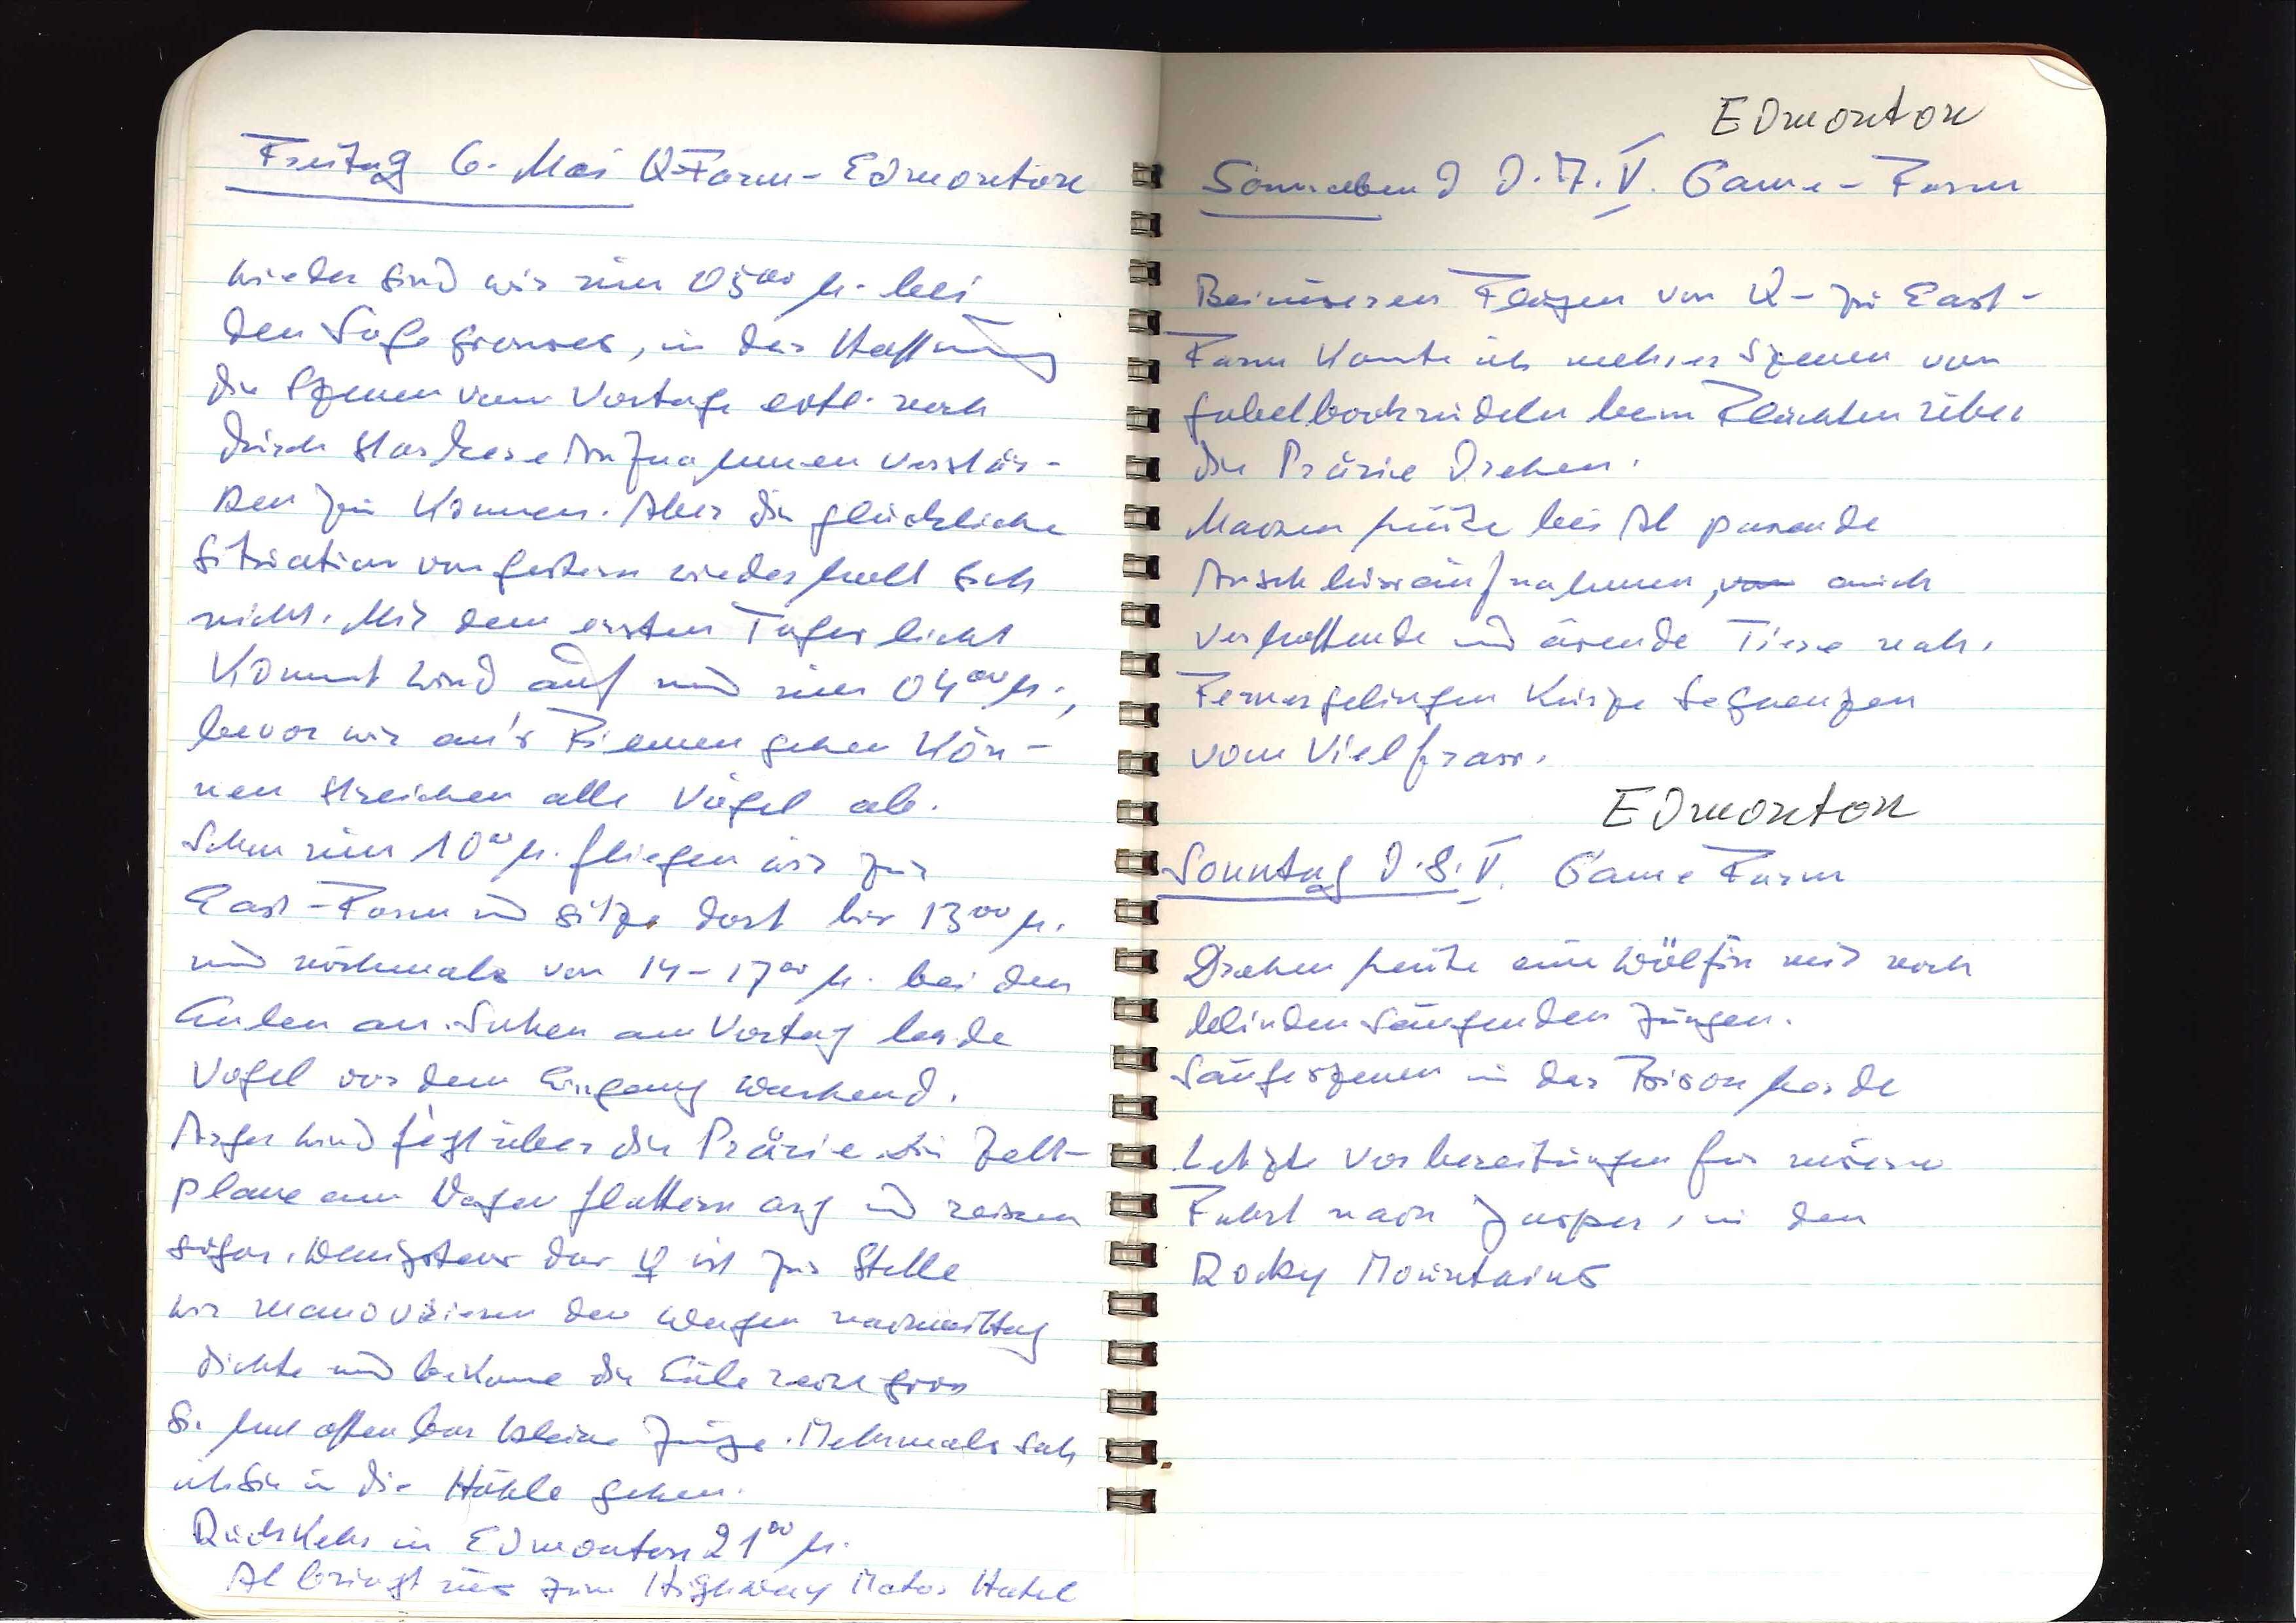
Freitag 6. Mai Q-Farm — Edmonton
Wieder sind wir um 0500 h. bei
den Sage Grouses, in der Hoffnung
die Szenen vom Vortage evtl. noch
durch stärkere Aufnahmen verstär¬
ken zu können. Aber die glückliche
Situation von gestern wiederholt sich
nicht. Mit dem ersten Tageslicht
kommt Wind auf und um 0400 h.,
bevor wir an's Filmen gehen kön¬
nen streichen alle Vögel ab.
Schon um 1000 h. fliegen wir zur
East-Farm und sitze dort bis 1300 h.
und nochmals von 14-1700 h. bei den
Eulen an. Sahen am Vortag beide
Vögel vor dem Eingang wartend.
Arger Wind fliegt über die Prärie. Die Zelt¬
plane am Wagen flattert arg und reissen
sogar. Wenigstens das ♀ ist zur Stelle
Wir manövrieren den Wagen nachmittag
dicht und bekomme die Eule recht gross.
Sie hat offenbar kleine Junge. Mehrmals sah
ich sie in die Höhle gehen.
Rückkehr in Edmonton 2100 h.
Al bringt uns zum Highway Motor Hotel.

Edmonton
Sonnabend d. 7.V. Game-Farm
Bei unseren Flügen von Q- zu East-
Farm konnte ich mehrere Szenen von
Gabelbockrudeln beim Flüchten über
die Prärie drehen.
Machen heute bei Al passende
Anschlussaufnahmen, von auch
verhaltende und äsende Tiere nah.
Ferner gelingen kurze Sequenzen
vom Vielfrass.
Edmonton
Sonntag d. 8.V. Game-Farm
Drehen heute eine Wölfin mit noch
blinden säugenden Jungen.
Säugeszenen in der Bisonhorde
Letzte Vorbereitungen für unsere
Fahrt nach Jasper, in den
Rocky Mountains